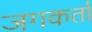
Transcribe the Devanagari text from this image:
जगकर्ता